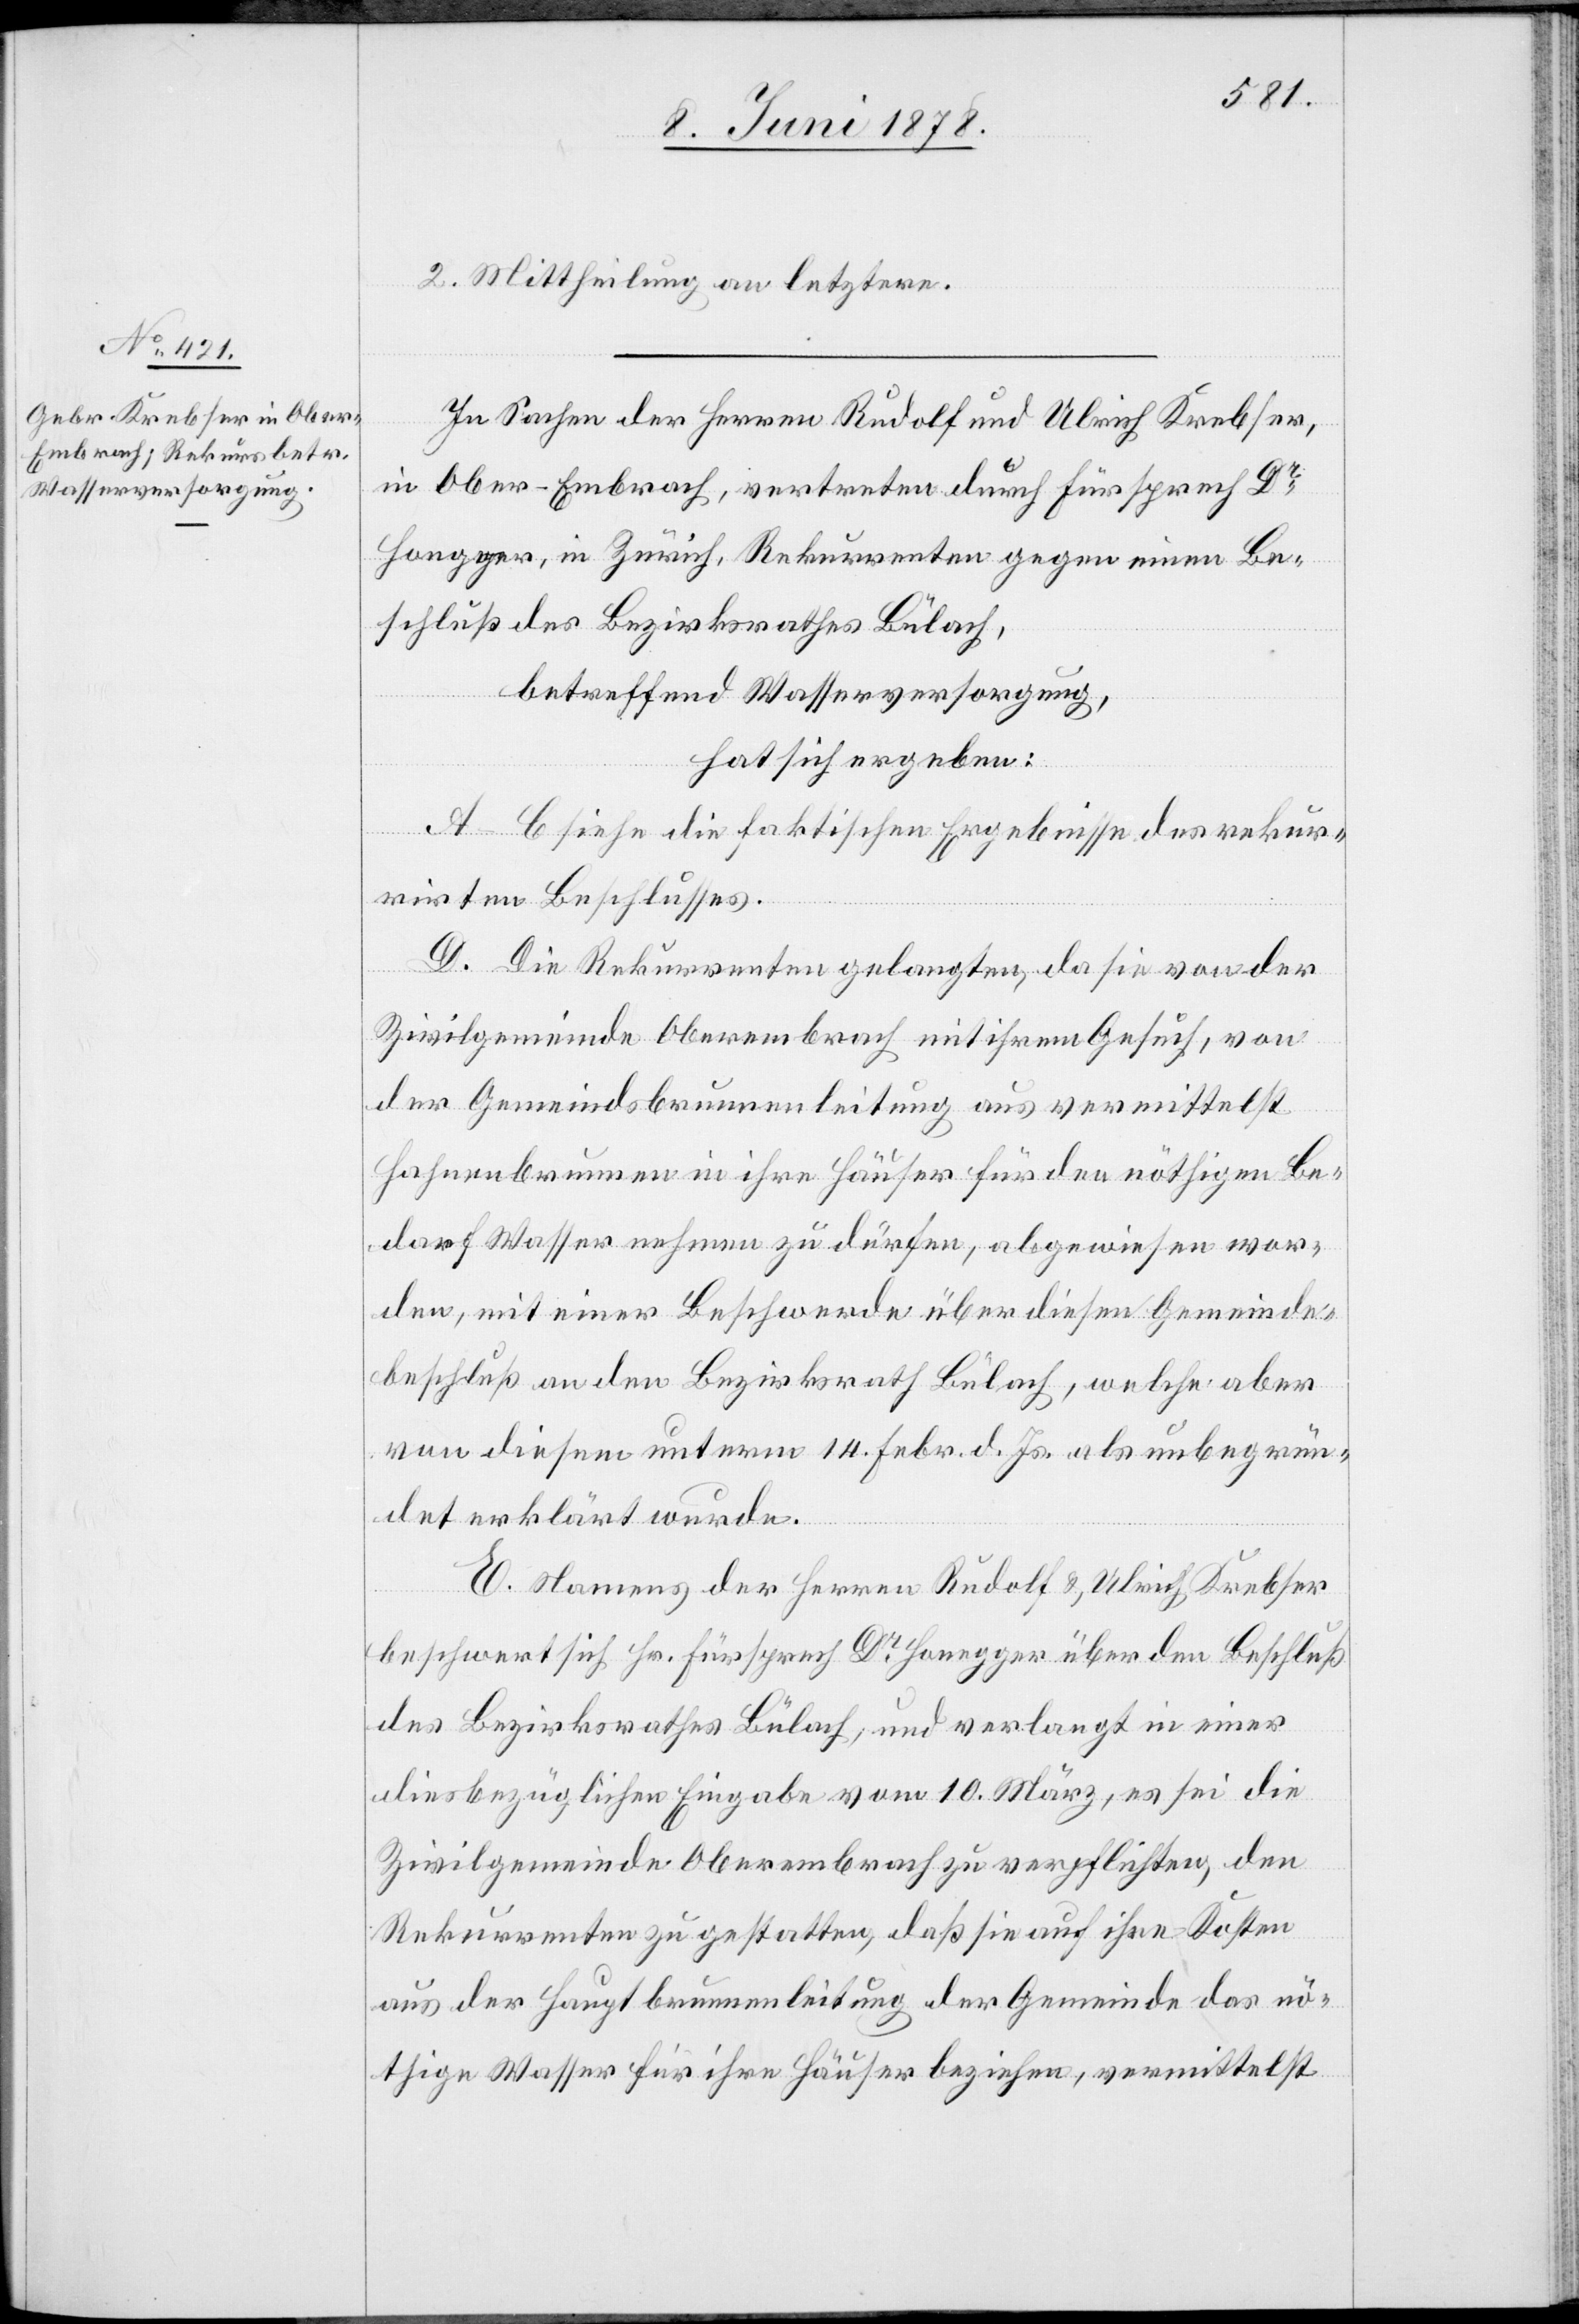
2. Mittheilung an letztere.
In Sachen der Herren Rudolf und Ulrich Krebser,
in Ober-Embrach, vertreten durch Fürsprech Dr
Honegger, in Zürich, Rekurrenten gegen einen Be¬
schluß des Bezirksrathes Bülach,
betreffend Wasserversorgung,
hat sich ergeben:
A–C siehe die faktischen Ergebnisse des rekur¬
rirten Beschlusses.
D. Die Rekurrenten gelangten, da sie von der
Zivilgemeinde Oberembrach mit ihrem Gesuch, von
der Gemeindsbrunnenleitung aus vermittelst
Fahnenbrunnen in ihre Häuser für den nöthigen Be¬
darf Wasser nehmen zu dürfen, abgewiesen wor¬
den, mit einer Beschwerde über diesen Gemeinde¬
beschluß an den Bezirksrath Bülach, welche aber
von diesem unterm 14. Febr. d. Js. als unbegrün¬
det erklärt wurde.
E. Namens der Herren Rudolf & Ulrich Krebser
beschwert sich Hr. Fürsprech Dr Honegger über den Beschluß
des Bezirksrathes Bülach, und verlangt in einer
diesbezüglichen Eingabe vom 10. März, es sei die
Zivilgemeinde Oberembrach zu verpflichten, den
Rekurrenten zu gestatten, daß sie auf ihre Kosten
aus der Hauptbrunnenleitung der Gemeinde das nö¬
thige Wasser für ihre Häuser beziehen, vermittelst